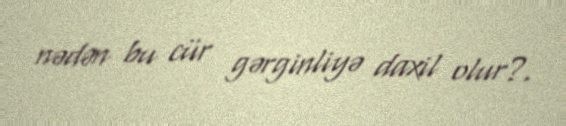
nədən bu cür gərginliyə daxil olur?.